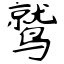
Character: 鹫